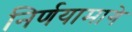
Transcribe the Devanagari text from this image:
निर्णयामागे